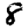
Digit: 8